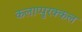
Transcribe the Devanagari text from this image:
कलाप्पुरक्कल